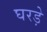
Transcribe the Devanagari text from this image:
घरड़े